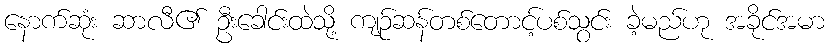
နောက်ဆုံး ဆာလီ၏ ဦးခေါင်းထဲသို့ ကျဉ်ဆန်တစ်တောင့်ပစ်သွင်း ခဲ့မည်ဟု အခိုင်အမာ